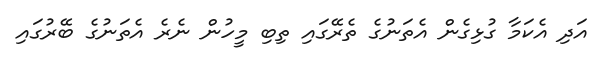
އަދި އެކަމާ ގުޅިގެން އެތަނުގެ ތެރޭގައި ތިބި މީހުން ނެރެ އެތަނުގެ ބޭރުގައި